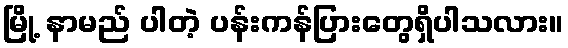
မြို့ နာမည် ပါတဲ့ ပန်းကန်ပြားတွေရှိပါသလား။